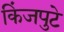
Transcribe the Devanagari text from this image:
किंजपुटे